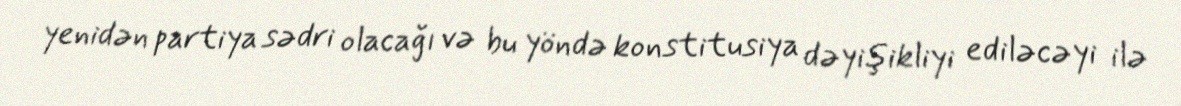
yenidən partiya sədri olacağı və bu yöndə konstitusiya dəyişikliyi ediləcəyi ilə